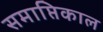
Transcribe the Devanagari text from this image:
समाप्तिकाल